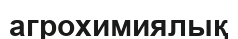
агрохимиялық